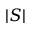
| S |